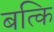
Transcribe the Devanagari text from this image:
बत्कि